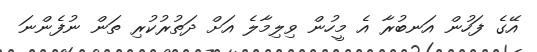
އޭގެ ފަހުން އަނބުރާ އެ މީހުން ވިލިމާލެ އަށް ދަތުރުކުރި ތަން ނުފެންނަ